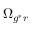
\Omega _ { g ^ { * } r }